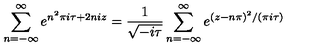
\sum _ { n = - \infty } ^ { \infty } e ^ { n ^ { 2 } \pi i \tau + 2 n i z } = \frac { 1 } { \sqrt { - i \tau } } \sum _ { n = - \infty } ^ { \infty } e ^ { ( z - n \pi ) ^ { 2 } / ( \pi i \tau ) }